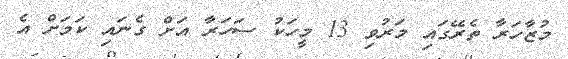
މުޒާހަރާ ތެރޭގައި މަރުވި 13 މީހަކު ސަހަރާ އަށް ގެނައި ކަމަށް އެ